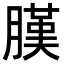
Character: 𦟫